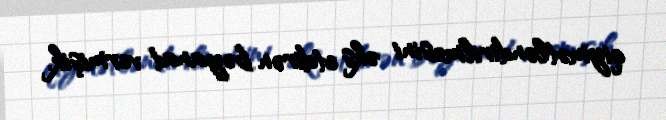
qiymətləndirilməsini əks etdirən bəyanat vermişik.